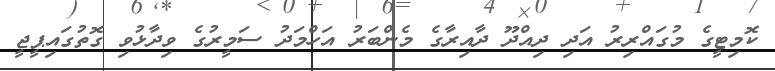
ކޮމިޓީގެ މުގައްރިރު އަދި ދިއްދޫ ދާއިރާގެ މެންބަރު އަހްމަދު ސަމީރުގެ ވިދާޅުވި ގޮތުގައިޕީޖީ